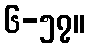
၆-၅၇။